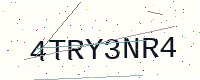
Text: 4TRY3NR4